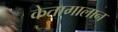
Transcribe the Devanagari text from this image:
केतागालान